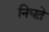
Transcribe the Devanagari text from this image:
निघत़े